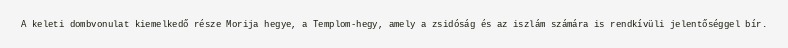
A keleti dombvonulat kiemelkedő része Morija hegye, a Templom-hegy, amely a zsidóság és az iszlám számára is rendkívüli jelentőséggel bír.